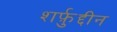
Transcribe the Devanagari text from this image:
शर्फ़ुद्दीन